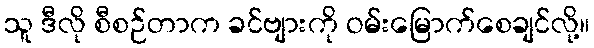
သူ ဒီလို စီစဉ်တာက ခင်ဗျားကို ဝမ်းမြောက်စေချင်လို့။